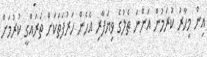
އިން މިހާރު ކުރަމުން އަންނަ ތެލުގެ ވިޔަފާރި އެހެން ހަރުފަތަކަށް ތަރައްގީ ކުރުމަށް